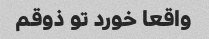
واقعا خورد تو ذوقم